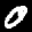
Label: 0